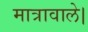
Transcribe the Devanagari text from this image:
मात्रावाले।